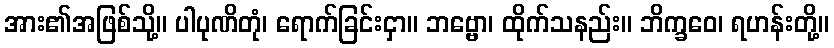
အား၏အဖြစ်သို့။ ပါပုဏိတုံ၊ ရောက်ခြင်းငှာ။ ဘဗ္ဗော၊ ထိုက်သနည်း။ ဘိက္ခဝေ၊ ရဟန်းတို့။